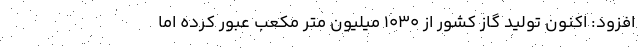
افزود:‌ اکنون تولید گاز کشور از ۱۰۳۰ میلیون متر مکعب عبور کرده اما